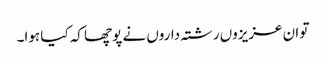
تو ان عزیزوں رشتہ داروں نے پوچھا کہ کیا ہوا۔